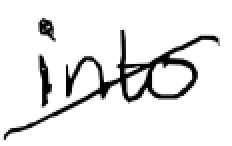
Text: into
Cross-out: diagonal
Writing tool: digital_black